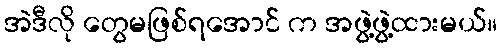
အဲဒီလို တွေမဖြစ်ရအောင် က အဖွဲ့ဖွဲ့ထားမယ်။